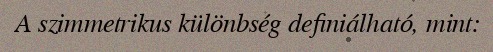
A szimmetrikus különbség definiálható, mint: